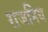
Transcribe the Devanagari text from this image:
राजनिय